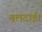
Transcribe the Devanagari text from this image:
बलदाई।